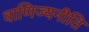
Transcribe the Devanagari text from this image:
वाणिज्यनीति